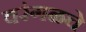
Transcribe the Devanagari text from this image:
वरंगळचे